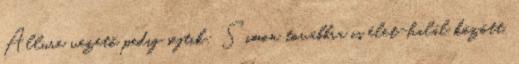
Allure vezető pedig sejtik: Simon továbbra is élet-halál között,